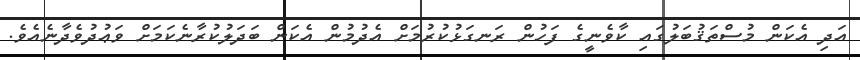
އަދި އެކަން މުސްތަޤުބަލުގައި ކާވެނީގެ ފަހުން ރަނގަޅުކުރުމަށް އެދުމުން އެކަން ބަދަލުކުރާނެކަމަށް ވަޢުދުވެދާނެއެވެ.